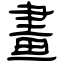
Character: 畫